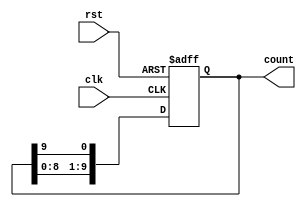
module decade_ring_counter (
    input wire clk,       // Clock input
    input wire rst,       // Asynchronous reset input
    output reg [9:0] count // 10-bit output representing the current state
);

    // Initial state
    initial begin
        count = 10'b0000000001; // Start from state 0
    end

    always @(posedge clk or posedge rst) begin
        if (rst) begin
            count <= 10'b0000000001; // Reset to state 0
        end else begin
            // Shift the '1' to the left, wrapping around after state 9
            count <= {count[8:0], count[9]}; // Shift left and wrap around
        end
    end

endmodule